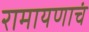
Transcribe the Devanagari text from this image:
रामायणाचं